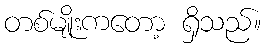
တစ်မျိုးကတော့ ရှိသည်။